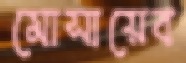
মোসায়েব